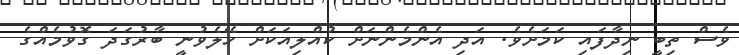
ވެސް ތިބީ ނިދާފައި ކަމަށެވެ. އަދި އެންމެންނަށް ކުއްލިއަކަށް ހޭލެވުނީ ބާރުގަދަ ގޮވުމެއްގެ